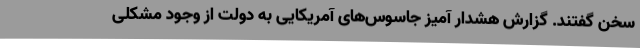
سخن گفتند. گزارش هشدار آمیز جاسوس‌های آمریکایی به دولت از وجود مشکلی